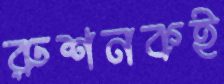
রুশনকই